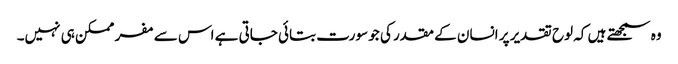
وہ سمجھتے ہیں کہ لوح تقدیر پر انسان کے مقدر کی جو سورت بتائی جاتی ہے اس سے مفر ممکن ہی نہیں۔